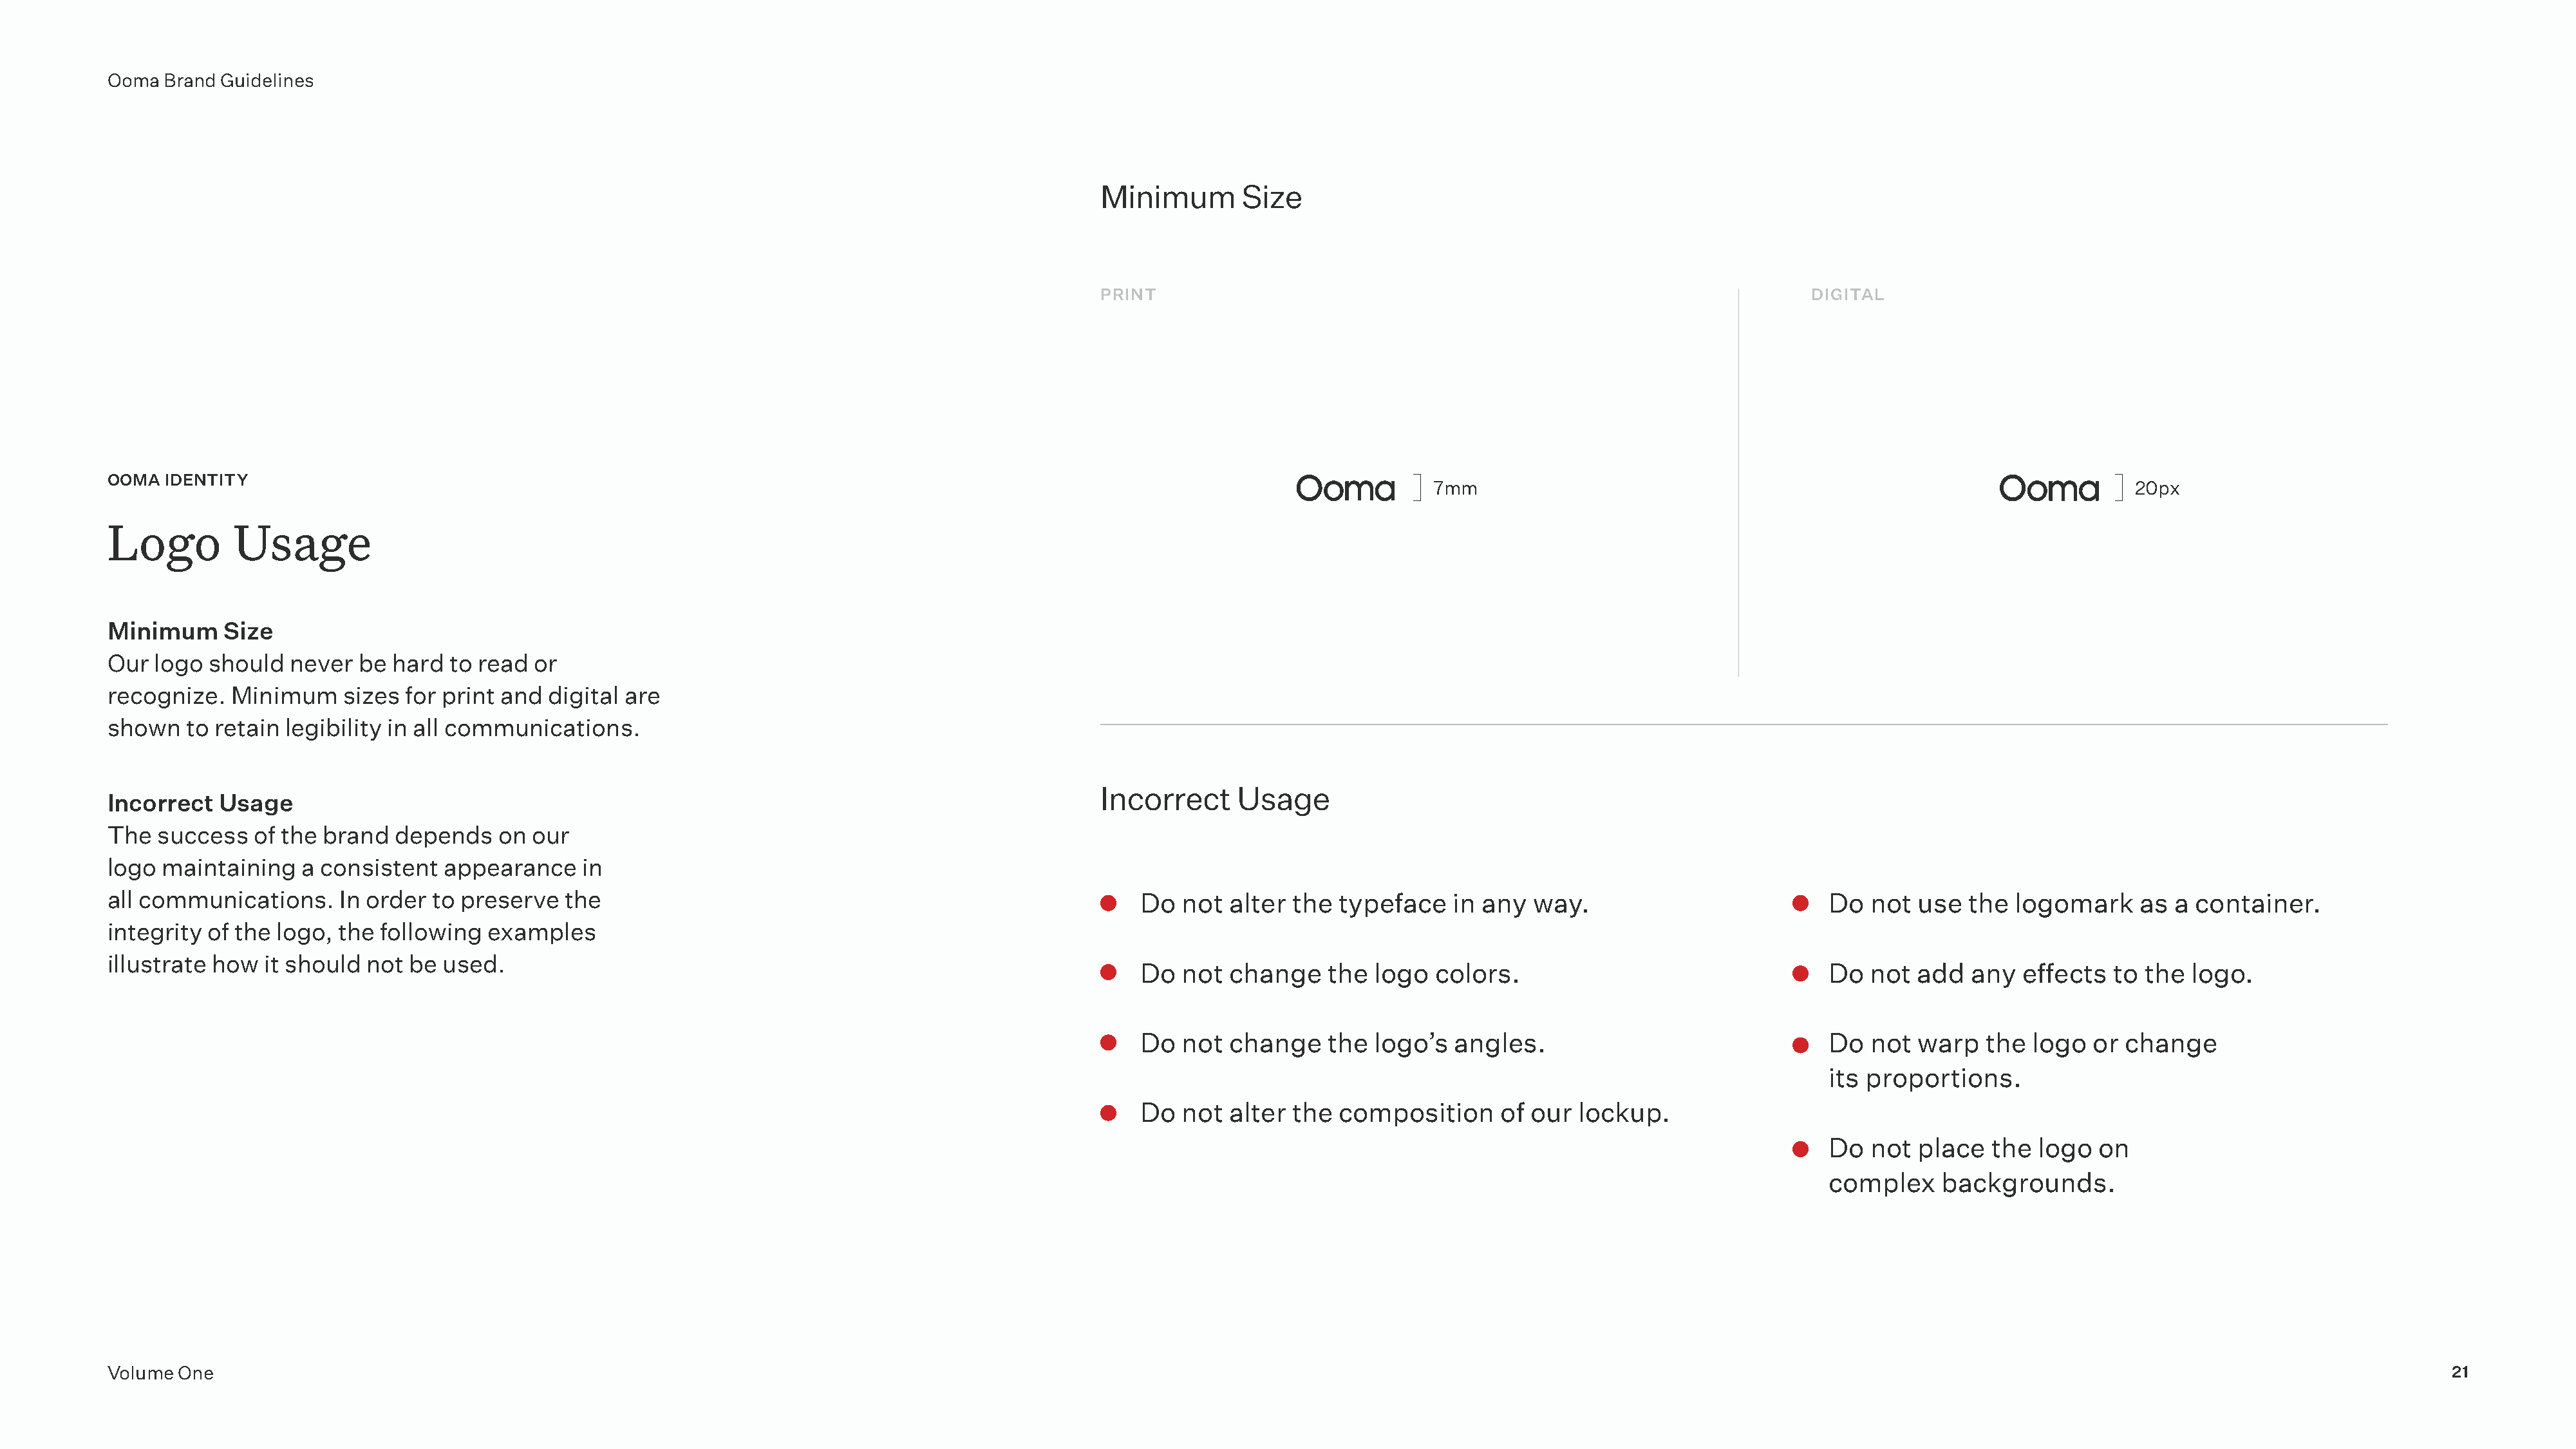
Ooma  Brand Guidelines
 Minimum        Size
 PRINT                                                                    DIGITAL
 OOMA  IDENTITY
 7mm                                                                     20px
 Logo         Usage
 Minimum     Size
 Our  logo should   never  be hard  to read  or
 recognize.   Minimum    sizes  for print and digital are
 shown   to retain legibility in all communications.
 Incorrect     Usage
 Incorrect   Usage
 The  success   of the brand   depends   on  our
 logo  maintaining   a consistent   appearance    in
 all communications.     In order to preserve   the                                                        Do  not  alter  the  typeface   in any   way.                          Do  not  use  the  logomark     as  a container.
 integrity of the logo,  the following  examples
 illustrate how  it should  not be  used.
 Do  not  change    the  logo   colors.                                 Do  not  add   any  effects  to the  logo.
 Do  not  change    the  logo’s   angles.                               Do  not  warp   the  logo  or change
 its proportions.
 Do  not  alter  the  composition     of our  lockup.
 Do  not  place   the logo   on
 complex     backgrounds.
 Volume One                                                                                                                                                                                                                                       21